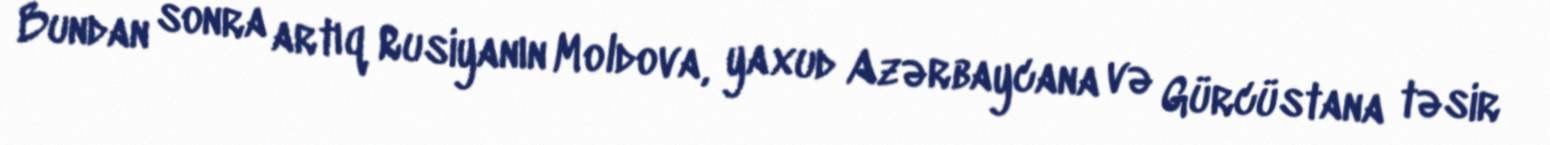
Bundan sonra artıq Rusiyanın Moldova, yaxud Azərbaycana və Gürcüstana təsir